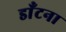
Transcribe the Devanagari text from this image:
डाँटना